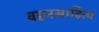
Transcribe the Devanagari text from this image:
वहनसाहित्य